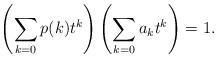
LaTeX: \begin{align*} \left(\sum_{k=0}p(k)t^k\right)\left(\sum_{k=0}a_kt^k \right)=1. \end{align*}